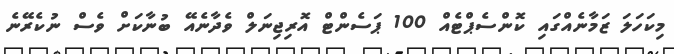
މިކަހަލަ ޒަމާނެއްގައި ކޮންސެޕްޓެއް 100 ޕަސެންޓް އޮރިޖިނަލް ވެދާނެއޭ ބުނާކަށް ވެސް ނުކެރޭނެ